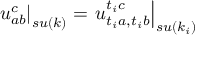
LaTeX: \left. u _ { a b } ^ { c } \right| _ { s u ( k ) } = \left. u _ { t _ { i } a , t _ { i } b } ^ { t _ { i } c } \right| _ { s u ( k _ { i } ) }